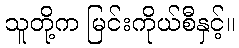
သူတို့က မြင်းကိုယ်စီနှင့်။